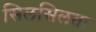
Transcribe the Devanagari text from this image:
सिलसिलता